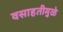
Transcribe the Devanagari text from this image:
वसाहतीमुळे